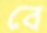
বে